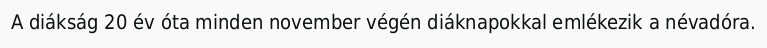
A diákság 20 év óta minden november végén diáknapokkal emlékezik a névadóra.